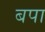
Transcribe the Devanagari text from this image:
बपा